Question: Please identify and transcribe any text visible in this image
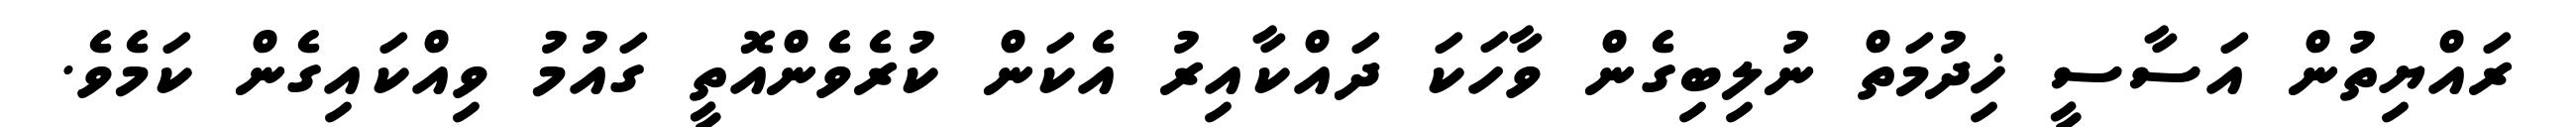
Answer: ރައްޔިތުން އަސާސީ ޚިދުމަތް ނުލިބިގެން ވާހަކަ ދައްކާއިރު އެކަން ކުރެވެންއޮތީ ގައުމު ވިއްކައިގެން ކަމެވެ.